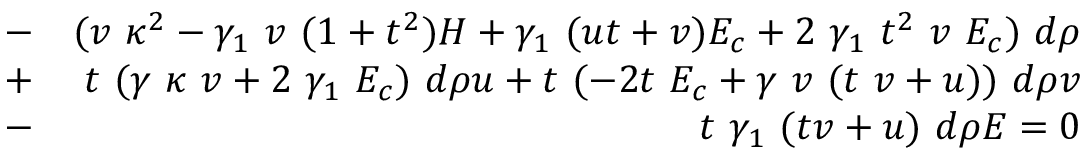
\begin{array} { r l r } & { - } & { ( v ~ \kappa ^ { 2 } - \gamma _ { 1 } ~ v ~ ( 1 + t ^ { 2 } ) H + \gamma _ { 1 } ~ ( u t + v ) E _ { c } + 2 ~ \gamma _ { 1 } ~ t ^ { 2 } ~ v ~ E _ { c } ) ~ d \rho } \\ & { + } & { t ~ ( \gamma ~ \kappa ~ v + 2 ~ \gamma _ { 1 } ~ E _ { c } ) ~ d \rho u + t ~ ( - 2 t ~ E _ { c } + \gamma ~ v ~ ( t ~ v + u ) ) ~ d \rho v } \\ & { - } & { t ~ \gamma _ { 1 } ~ ( t v + u ) ~ d \rho E = 0 } \end{array}